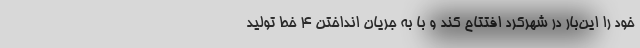
خود را این‌بار در شهرکرد افتتاح کند و با به جریان انداختن ۴ خط تولید